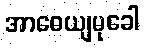
အာဓေယျမုခေါ